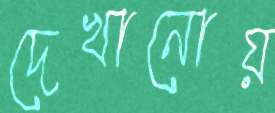
দেখানোয়